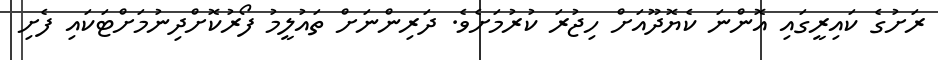
ރަށުގެ ކައިރީގައި އޮންނަ ކެޔޮދޫއަށް ހިޖުރަ ކުރުމަށެވެ. ދަރިންނަށް ތައުލީމު ފޯރުކޮށްދިނުމަށްޓަކައި ފެށި